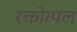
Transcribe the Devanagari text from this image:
रक्तोत्पल